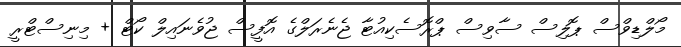
މޯލްޑިވްސް ޕޮލިސް ސާވިސް ޕްރޮސެކިއުޓާ ޖެނެރަލްގެ އޮފީސް ޖުވެނައިލް ކޯޓް + މިނިސްޓްރީ